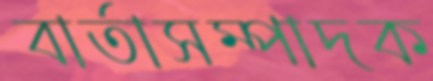
বার্তাসম্পাদক